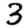
Digit: 3